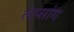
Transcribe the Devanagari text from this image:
लप्सांग